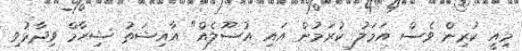
މިއީ ކުރިން ވެސް އަމަލު ކުރަމުން އައި އުސޫލެއް" އާއިޝަތު ޝިހާމް ވިދާޅުވި